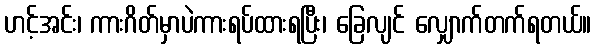
ဟင့်အင်း၊ ကားဂိတ်မှာပဲကားရပ်ထားရပြီး၊ ခြေလျင် လျှောက်တက်ရတယ်။